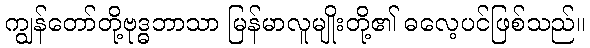
ကျွန်တော်တို့ဗုဒ္ဓဘာသာ မြန်မာလူမျိုးတို့၏ ဓလေ့ပင်ဖြစ်သည်။